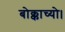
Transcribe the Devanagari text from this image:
बोक्काच्यो।